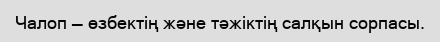
Чалоп — өзбектің және тәжіктің салқын сорпасы.